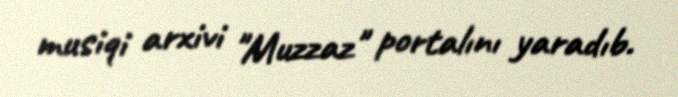
musiqi arxivi "Muzzaz" portalını yaradıb.